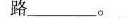
路___。